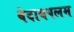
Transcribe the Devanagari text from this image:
वेदायपलम